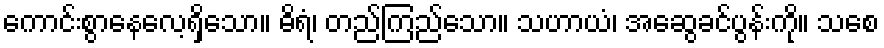
ကောင်းစွာနေလေ့ရှိသော။ ဓိရံ၊ တည်ကြည်သော။ သဟာယံ၊ အဆွေခင်ပွန်းကို။ သစေ